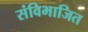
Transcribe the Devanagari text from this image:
संविभाजित